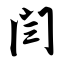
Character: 闫